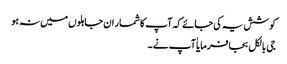
کوشش یہ کی جائے کہ آپ کا شمار ان جاہلوں میں نہ ہو
جی بالکل بجا فرمایا ٰآپ نے ۔